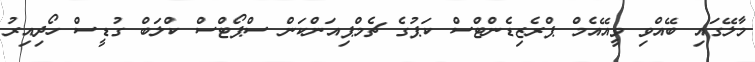
މާލޭގައި ބޭއްވި ވީއޭއެމް ޕްރެޒިޑެންޓްސް ކަޕުގެ ޗެމްޕިއަންކަން ސްޕޯޓްސް ކްލަބް ގުޑީސް ހޯދިިއިރު